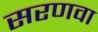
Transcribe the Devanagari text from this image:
सरणवा